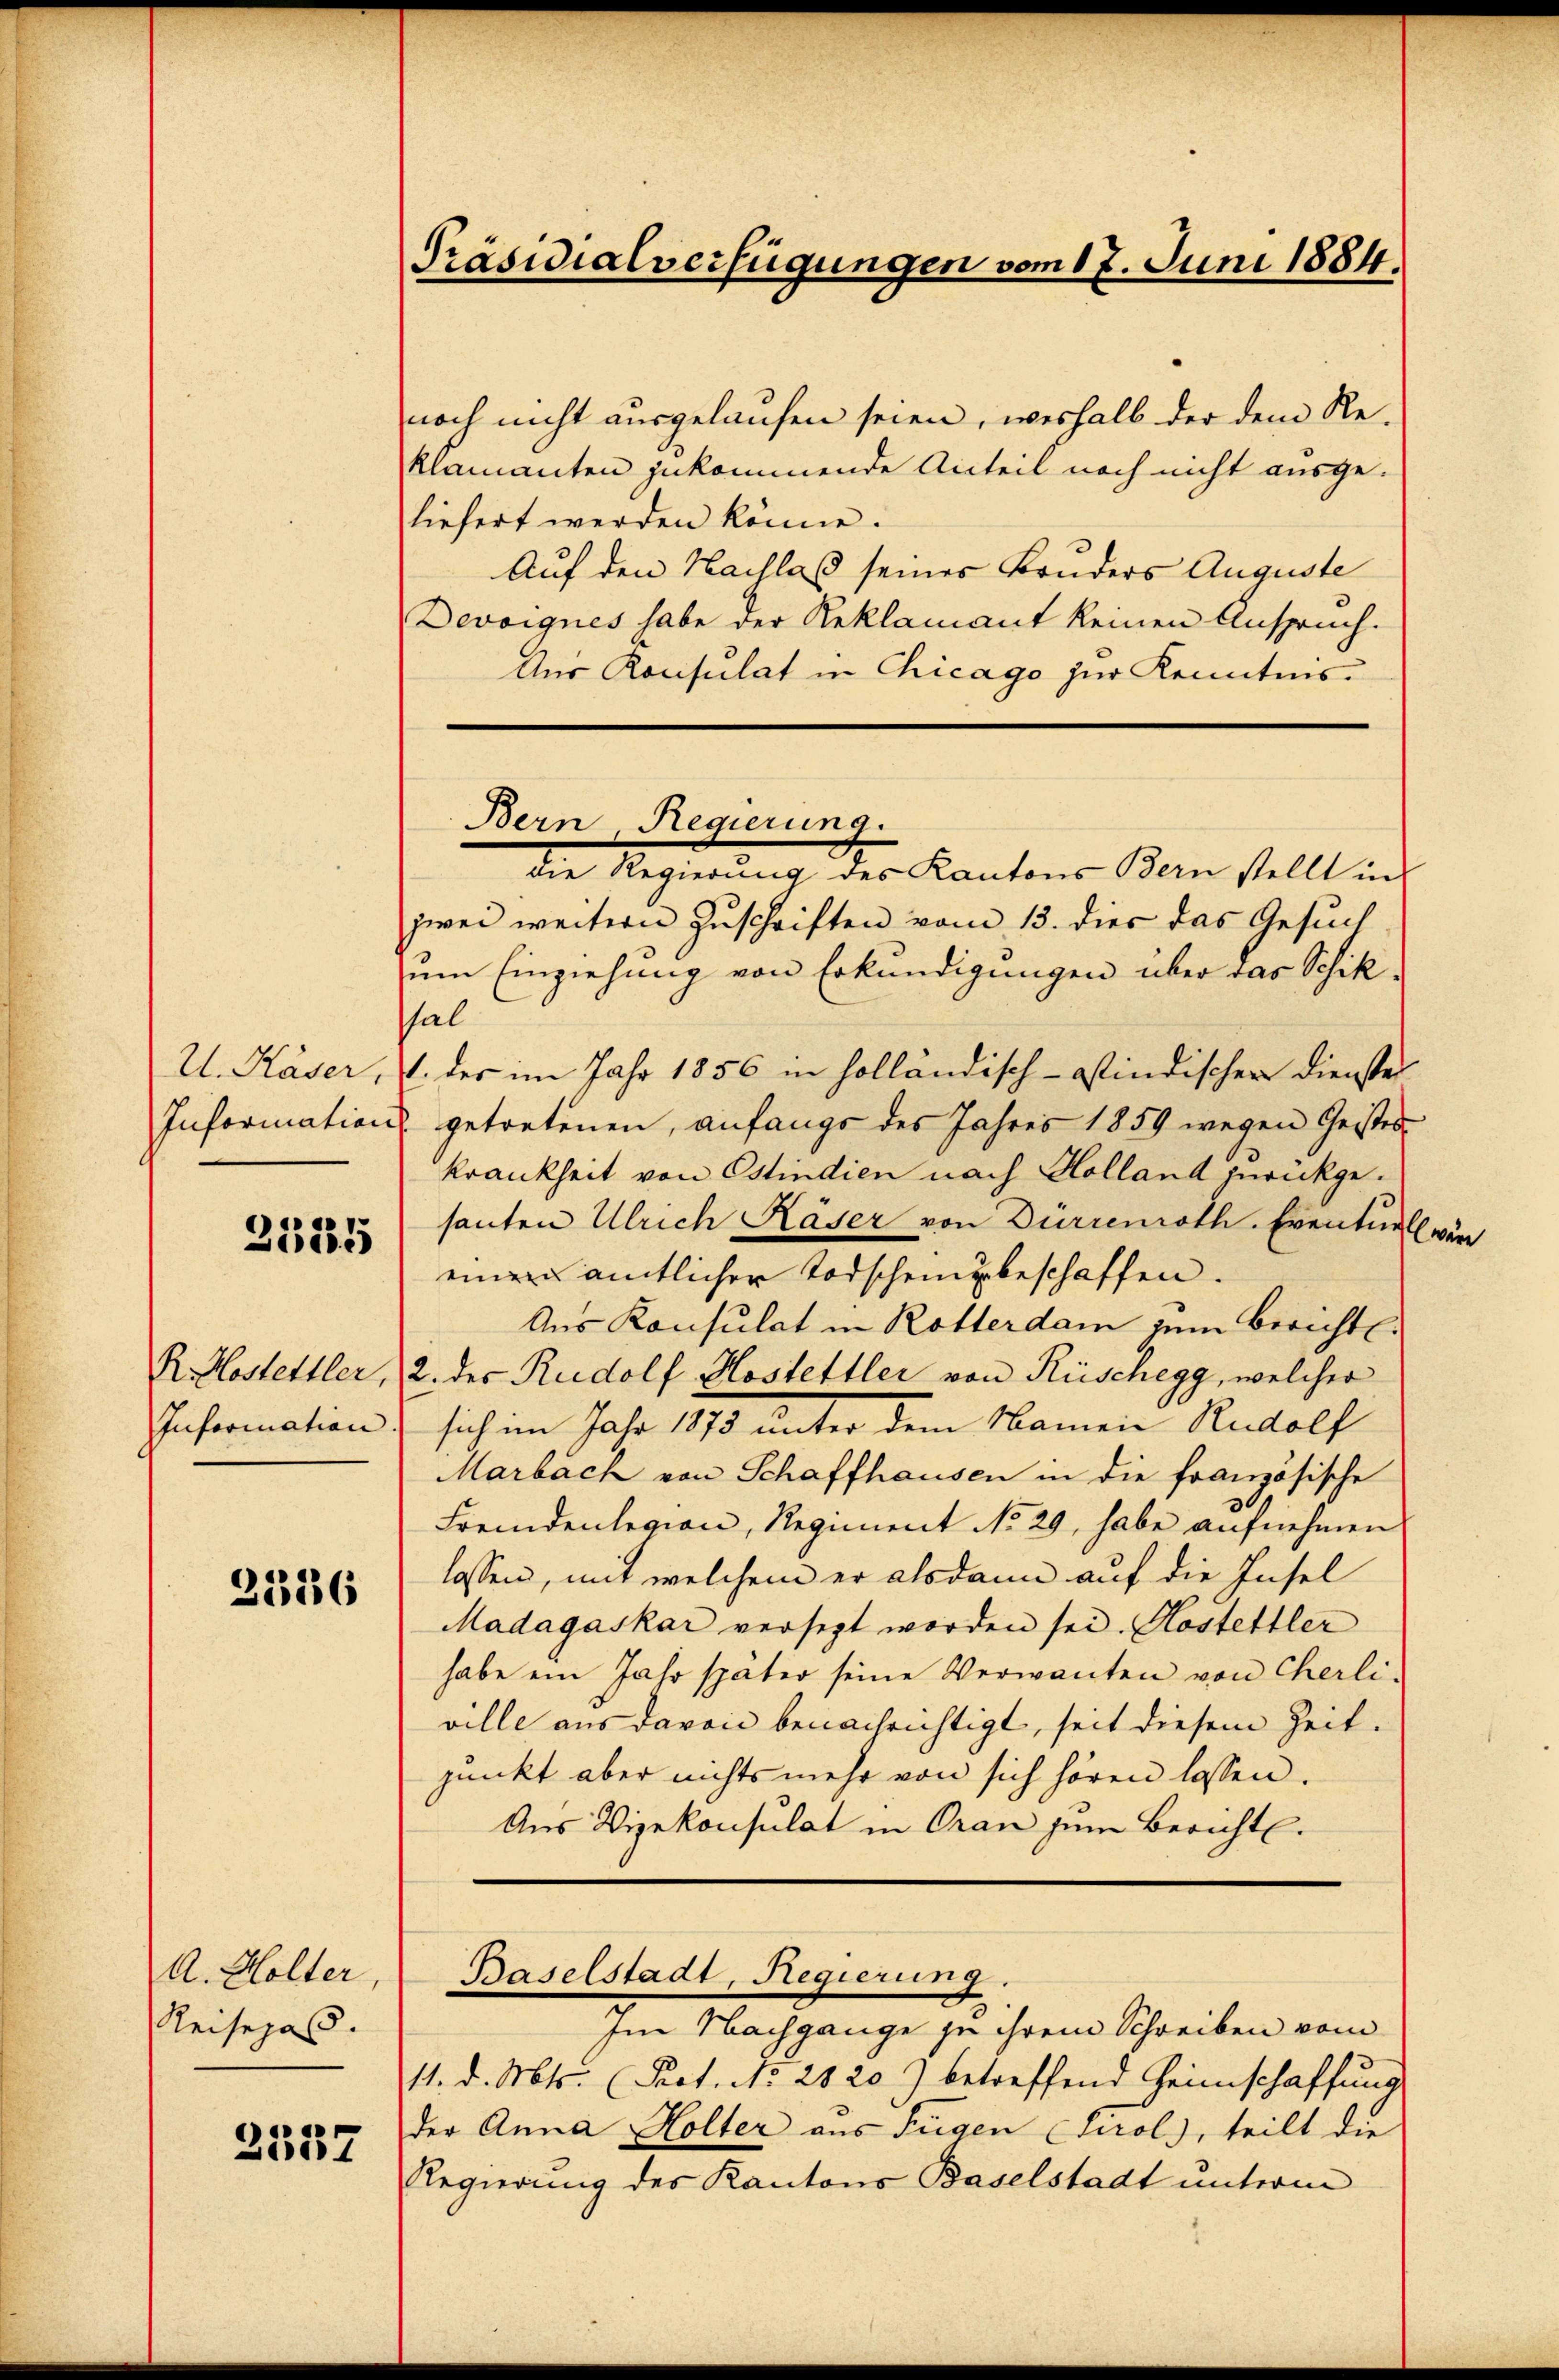
U. Käser,

t
25552)

R. Hostettler,
Information.

2326

A. Holter,
Reisepas.

2557

Präsidialverfügungen vom 17. Juni 1884.

noch nicht ausgelaufen seien, weshalb der dem Reklamanten zukommende Anteil noch nicht ausge-
liefert werden könne.
Auf den Nachlaß seines Bruders Auguste
Devoignes habe der Reklamant keinen Anspruch.
Aus Konsulat in Chicago zur Kenntnis.
die Regierung des Kantons Bern stellt in
zwei weitern Zuschriften vom 13. dies das Gesuch
um Einziehung von Erkundigungen über das Schiksal
1. der im Jahr 1856 in holländisch-stindischen Dienster
Information getretenen, anfangs des Jahres 1859 wegen Geistes
krankheit von Estindien nach Holland zurückgesanten Ulrich Käser von Dürrenroth. Eventuell wär
einen amtlicher Todscheinunbeschaffen.
Aus Konsulat in Rotterdam zum Bericht.
2. des Rudolf Hostettler von Rüschegg, welcher
sich im Jahr 1893 unter dem Namen Rudolf
Marbach von Schaffhausen in die französische
Fremdenlegion, Regiment No 29, habe aufnehmen
lassen, mit welchem er alsdann auf die Insel
Madagaskar versezt worden sei. Kostettler
habe ein Jahr später seine Verwanten von Cherli-
ville aus davon benachrichtigt, seit diesem Zeitjunkt aber nichts mehr von sich hören lassen.
Aus Vizekonsulat in Oran zum Bericht.

Bern Regierung.

Baselstadt, Regierung.

Im Nachgange zu ihrem Schreiben vom
11. d. Mts. Prot. No 2820) betreffend Heimschaffung
der Anna Holter aus Fügen Tirol, teilt die
Regierung des Kantons Baselstadt unterm